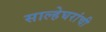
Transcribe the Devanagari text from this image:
साल्हेघरांची